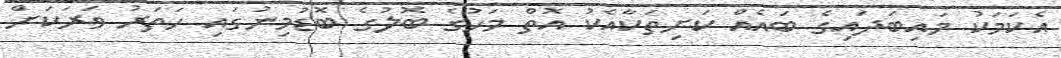
އެކަމަކު މައިބަދައިގެ ބައެއް ކަށިތަކާއެކު އޮތް މަހުގެ ބޮލުގެ ބޮޑުމިނުގައި ހަތަރު ވަރަކަށް